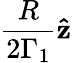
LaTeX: \frac{R}{2\Gamma_{1}}\mathbf{\hat{z}}